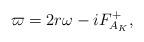
LaTeX: \begin{align*}\varpi=2r\omega-iF_{A_K}^+,\end{align*}